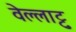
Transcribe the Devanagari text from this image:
वेल्लाट्टु